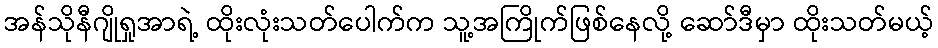
အန်သိုနီဂျိုရှုအာရဲ့ ထိုးလုံးသတ်ပေါက်က သူ့အကြိုက်ဖြစ်နေလို့ ဆော်ဒီမှာ ထိုးသတ်မယ့်